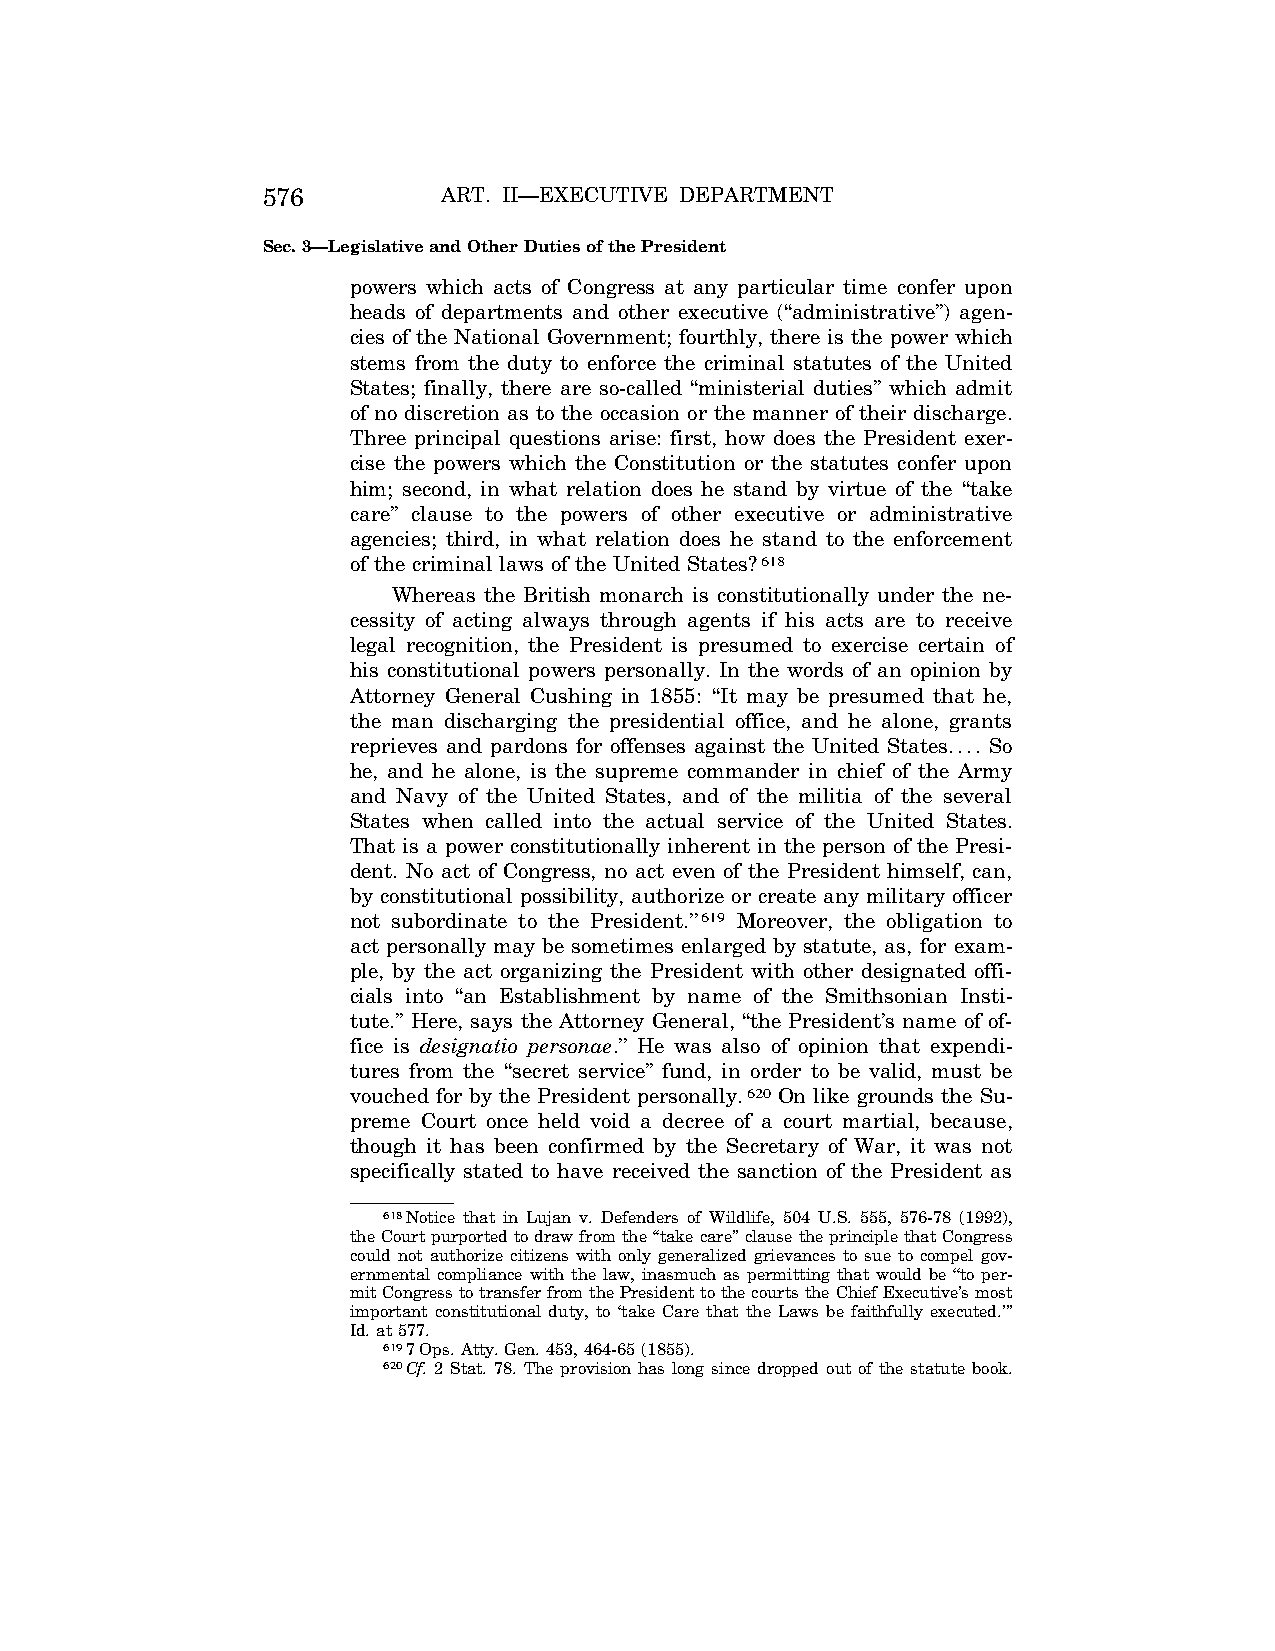
576         ART. II—EXECUTIVE DEPARTMENT
 Sec. 3—Legislative and Other Duties of the President
 powers which acts of Congress at any particular time confer upon
 heads of departments and other executive (‘‘administrative’’) agen-
 cies of the National Government; fourthly, there is the power which
 stems from the duty to enforce the criminal statutes of the United
 States; finally, there are so-called ‘‘ministerial duties’’ which admit
 of no discretion as to the occasion or the manner of their discharge.
 Three principal questions arise: first, how does the President exer-
 cise the powers which the Constitution or the statutes confer upon
 him; second, in what relation does he stand by virtue of the ‘‘take
 care’’ clause to the powers of other executive or administrative
 agencies; third, in what relation does he stand to the enforcement
 of the criminal laws of the United States?618
 Whereas the British monarch is constitutionally under the ne-
 cessity of acting always through agents if his acts are to receive
 legal recognition, the President is presumed to exercise certain of
 his constitutional powers personally. In the words of an opinion by
 Attorney General Cushing in 1855: ‘‘It may be presumed that he,
 the man discharging the presidential office, and he alone, grants
 reprieves and pardons for offenses against the United States.... So
 he, and he alone, is the supreme commander in chief of the Army
 and Navy of the United States, and of the militia of the several
 States when called into the actual service of the United States.
 That is a power constitutionally inherent in the person of the Presi-
 dent. No act of Congress, no act even of the President himself, can,
 by constitutional possibility, authorize or create any military officer
 not subordinate to the President.’’619 Moreover, the obligation to
 act personally may be sometimes enlarged by statute, as, for exam-
 ple, by the act organizing the President with other designated offi-
 cials into ‘‘an Establishment by name of the Smithsonian Insti-
 tute.’’ Here, says the Attorney General, ‘‘the President’s name of of-
 fice is designatio personae.’’ He was also of opinion that expendi-
 tures from the ‘‘secret service’’ fund, in order to be valid, must be
 vouched for by the President personally.620 On like grounds the Su-
 preme Court once held void a decree of a court martial, because,
 though it has been confirmed by the Secretary of War, it was not
 specifically stated to have received the sanction of the President as
 618Notice that in Lujan v. Defenders of Wildlife, 504 U.S. 555, 576-78 (1992),
 the Court purported to draw from the ‘‘take care’’ clause the principle that Congress
 could not authorize citizens with only generalized grievances to sue to compel gov-
 ernmental compliance with the law, inasmuch as permitting that would be ‘‘to per-
 mit Congress to transfer from the President to the courts the Chief Executive’s most
 important constitutional duty, to ‘take Care that the Laws be faithfully executed.’’’
 Id. at 577.
 6197 Ops. Atty. Gen. 453, 464-65 (1855).
 620Cf. 2 Stat. 78. The provision has long since dropped out of the statute book.
 VerDate Aug<04>2004 13:21 Oct 06, 2004 Jkt 077500 PO 00000 Frm 00144 Fmt 8222 Sfmt 8222 C:\CONAN\CON011.SGM PRFM99 PsN: CON011